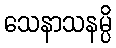
သေနာသနမ္ပိ